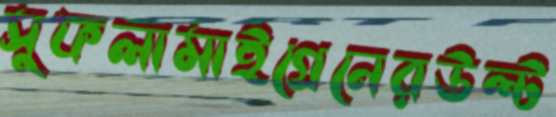
সুফলামাইগ্রেনেরউল্ট